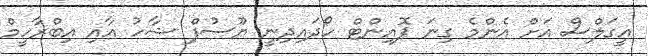
އީގަލްސް އަށް އެންމެ ގިނަ ޕޮއިންޓް ހޯދައިދިނީ ޔޫސުފް ޝާހު އާއި އިބްރާހީމް